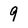
Character: 9